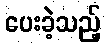
ပေးခဲ့သည့်